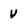
Character: V